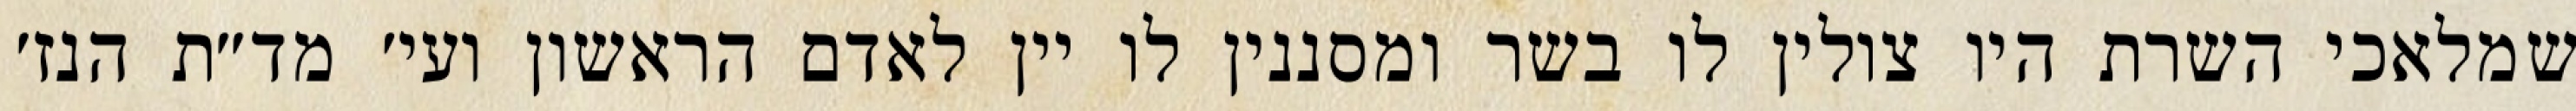
שמלאכי השרת היו צולין לו בשר ומסננין לו יין לאדם הראשון ועי׳ מד״ת הנז׳